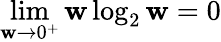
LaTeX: \operatorname*{lim}_{\mathbf{w}\to0^{+}}\mathbf{w}\log_{2}\mathbf{w}=0